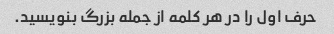
حرف اول را در هر کلمه از جمله بزرگ بنویسید.